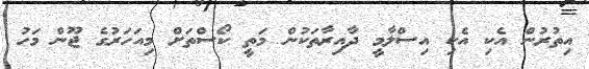
އިތުރުން އެކި އެކި އިސްލާމީ ދާއިރާތަކުން މަތީ ކޯސްތަށް މިއަހަރުގެ ޖޫން މަހު